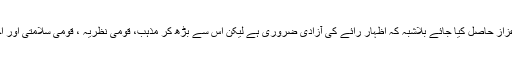
کیا صرف اس لیے کہ اظہار رائے کی آزادی کا اعزاز حاصل کیا جائے بلاشبہ کہ اظہار رائے کی آزادی ضروری ہے لیکن اس سے بڑھ کر مذہب، قومی نظریہ ، قومی سلامتی اور اخلاقی اقدار ضروری ہیں جن کو پس پشت ڈالا گیا ۔